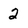
Character: 2